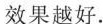
效果越好.